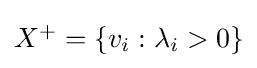
\textstyle X^{+}=\{v_{i}:\lambda _{i}>0\}